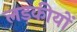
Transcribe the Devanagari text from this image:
लड़कीयों